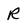
Character: R